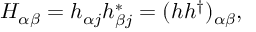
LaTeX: H _ { \alpha \beta } = h _ { \alpha j } h _ { \beta j } ^ { * } = ( h h ^ { \dagger } ) _ { \alpha \beta } ,